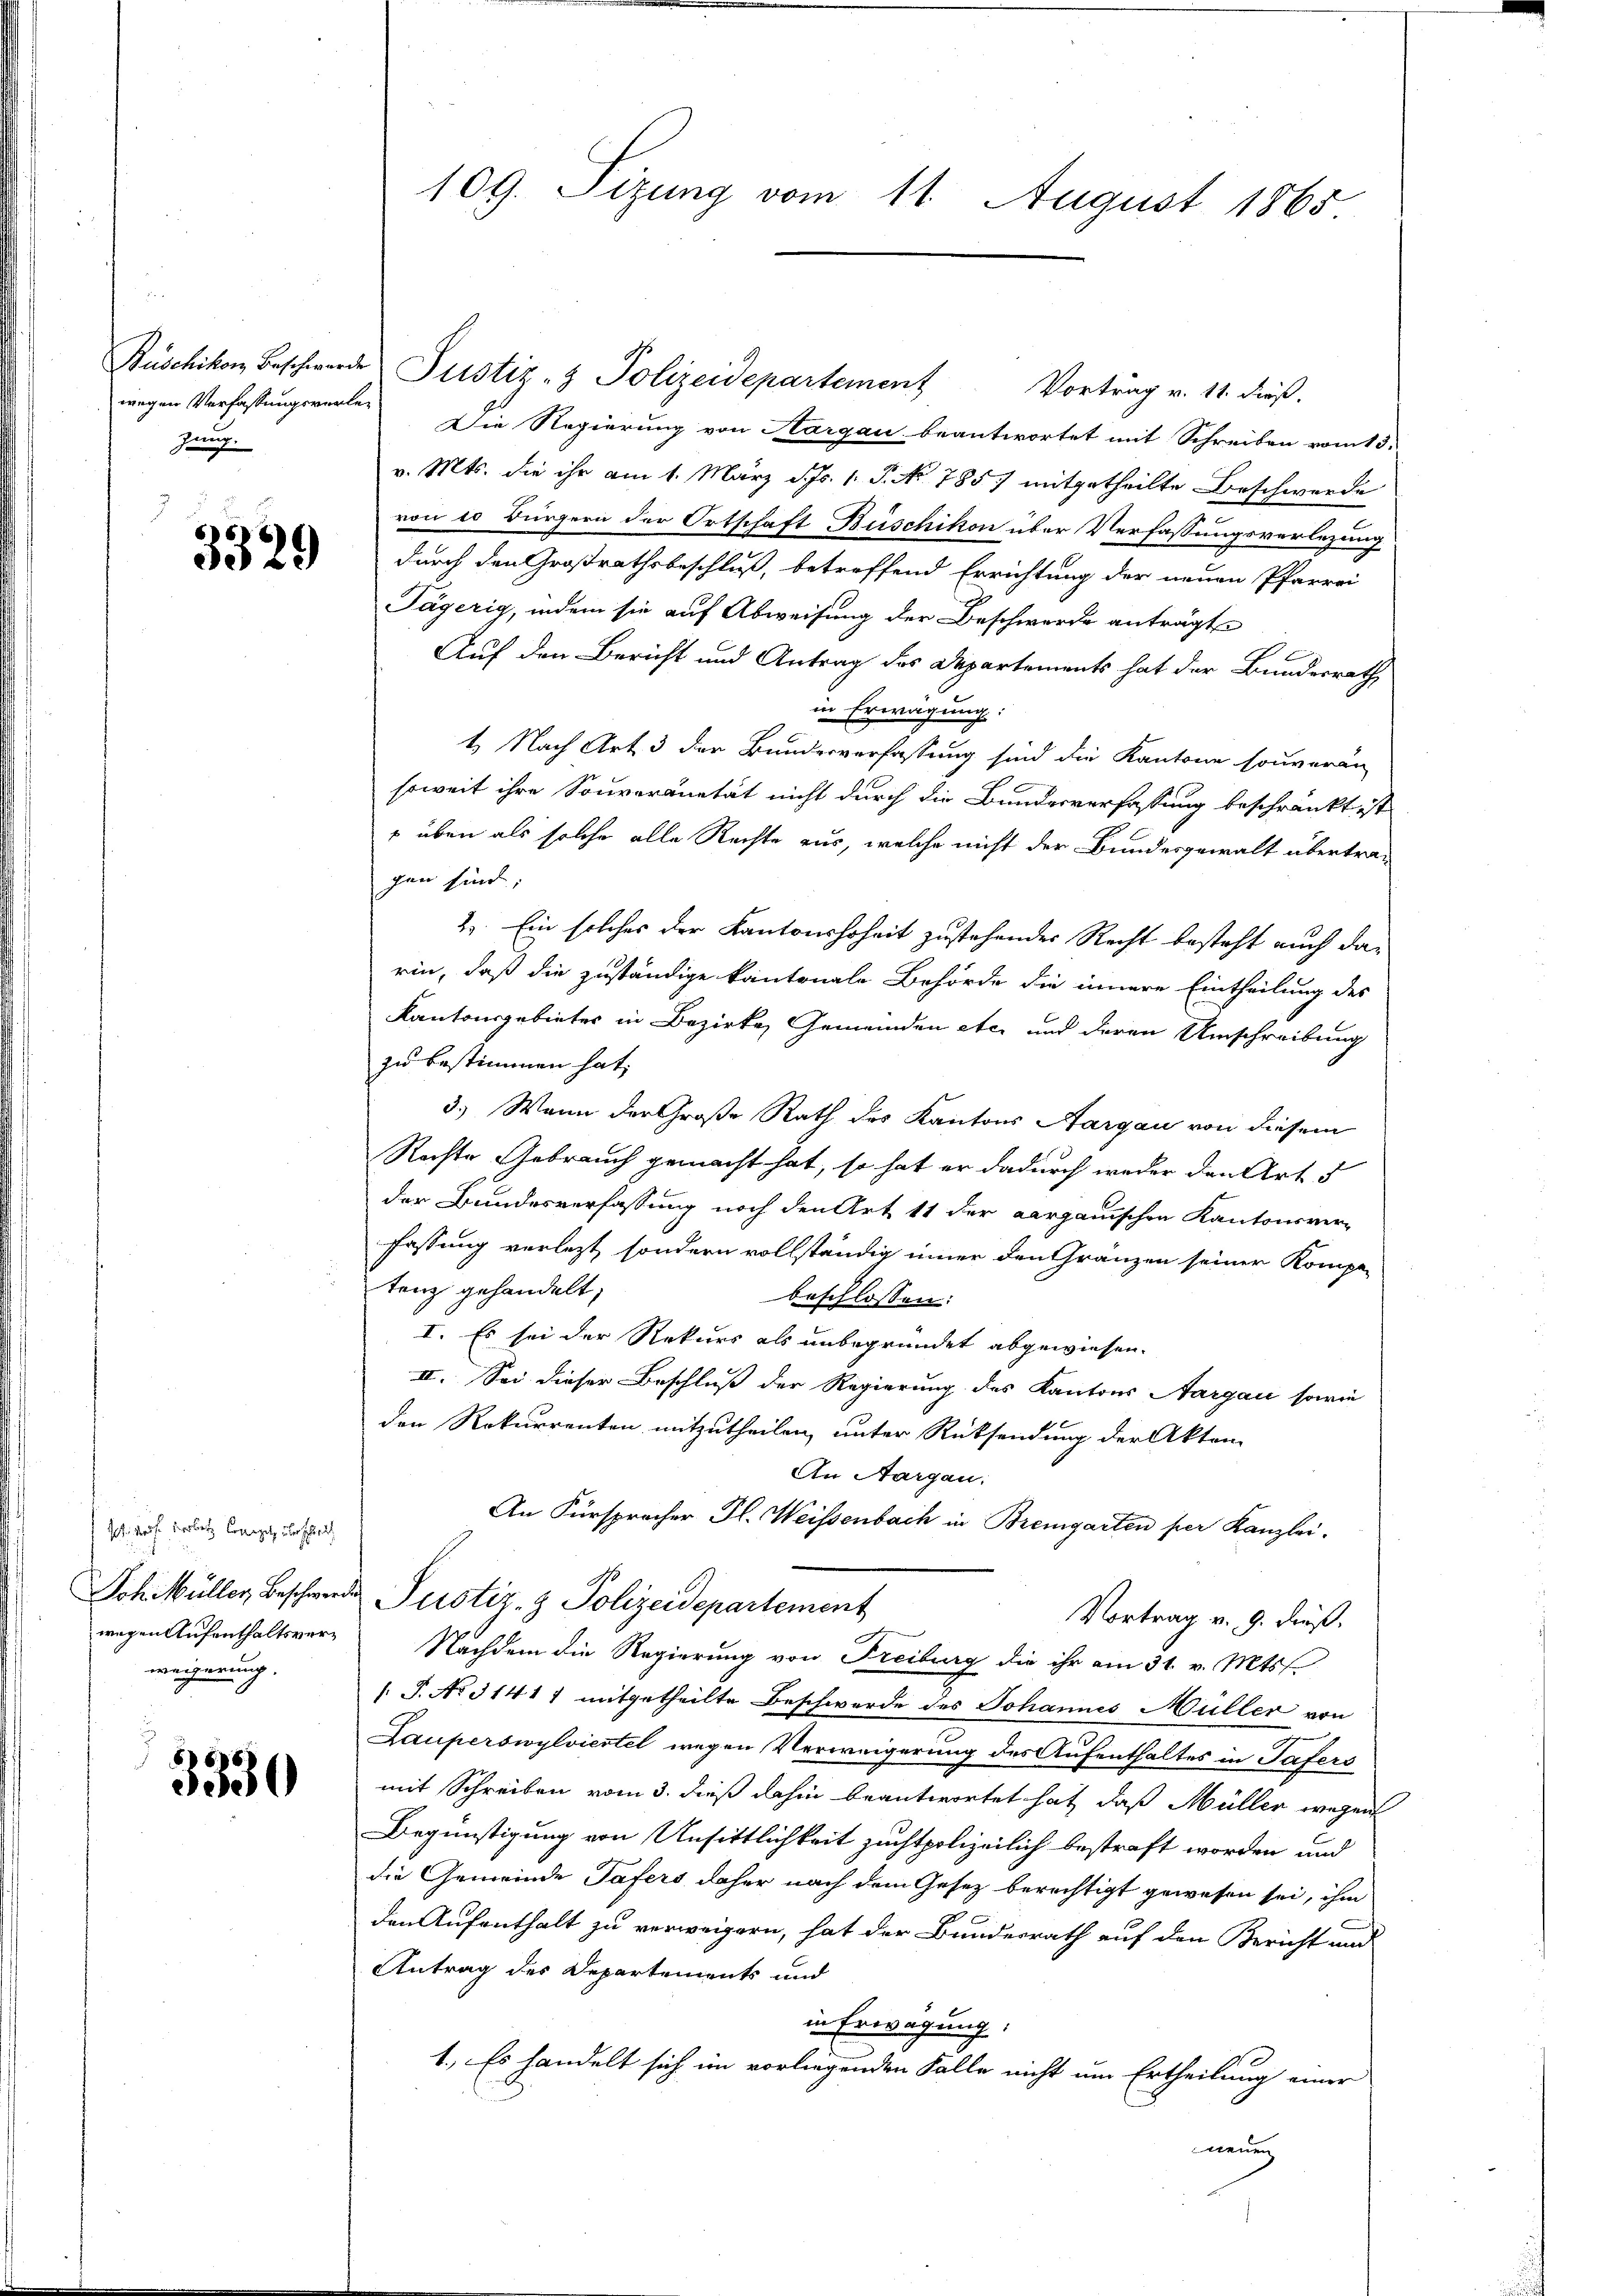
zung.

3529

Ich, das verletz Competz über schied
wegen Aufenthaltsverweigerung.

3350

wegen Verfassungsverten Die Regierung von Aargau beantwortet mit Schreiben vom 13.
v. Mts. die ihr am 1. März d. Js. 1. P. No. 7857 mitgetheilte Beschwerde
von 20 Bürgern der Ortschaft Büschikon über Verfassungsverlegung
durch den Großrathsbeschluß, betreffend Errichtung der neuen Pfarrei
Tägerig, indem sie auf Abweisung der Beschwerde anträgt
6
Auf den Bericht und Antrag des Departements hat der Bundesrath,
in Erwägung:
t. Nach Art 3 der Bundesverfassung sind die Kantone souveran
soweit ihre Souveränetät nicht durch die Bundesverfassung beschränkt ist
 über als solche alle Rechte aus, welche nicht der Bundesgewalt übertragen sind;
2. Ein solches der Kantonshoheit zustehendes Recht besteht auch darin, daß die zuständige kantonale Behörde die innere Eintheilung des
Kantonsgebieter in Bezirke, Gemeinden etc. und deren Umschreibung
zu bestimmen hat,
3.) Wenn der Große Rath des Kantons Aargau von diesem
Rechte Gebrauch gemacht hat, so hat er dadurch weder den Art. 5
der Bundesverfassung noch den Art 11 der aargauischen Kantonsver-
fassung verletzt, sondern vollständig inner den Gränzen seiner Kompe-
tenz gehandelt,
beschlossen:
I. Es sei der Rekurs als unbegründet abgewiesen.
II. Sei dieser Beschluß der Regierung des Kantons Aargau sowie
den Rekurrenten mitzutheilen, unter Rücksendung der Akten
An Aargau:
An Fürspracher Fl. Weissenbach in Bremgarten per Kanzlei.
Joh. Müller Beschwerde Justiz- & Polizeidepartement
Vortrag v. 9. dieß.
Nachdem die Regierung von Freiburg die ihr am 31. v. Mts.
/: P. No. 31417 mitgetheilte Beschwerde des Johannes Müller von
Lauperswylviertel wegen Verweigerung des Aufenthaltes in Tafers
mit Schreiben vom 3. dieß dahin beantwortet hat, daß Müller wegen
Begünstigung von Unsittlichkeit zuchtpolizeilich bestraft worden und
die Gemeinde Tafers daher nach dem Gesez berechtigt gewesen sei, ihm
den Aufenthalt zu verweigern, hat der Bundesrath auf den Bericht und
Antrag des Departements und
in Erwägung:
1. Es handelt sich im vorliegenden Falle nicht um Ertheilung einer
neuen

109. Sizung vom 11. August 1865.

Rüschikon Beschwerde Justiz- & Polizeidepartement Vortrag v. 11. dieß.